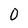
Character: 0